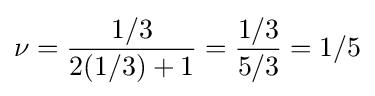
\nu ={\frac {1/3}{2(1/3)+1}}={\frac {1/3}{5/3}}=1/5